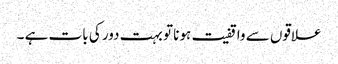
علاقوں سے واقفیت ہونا تو بہت دور کی بات ہے ۔